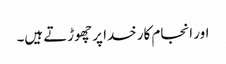
اور انجام کار خدا پر چھوڑتے ہیں۔